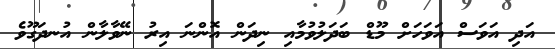
އަދި އަވަސް އަވަހަށް މޫޑް ބަދަލުވުމާއި ނިދަން އޮންނަ އިރު ނޭވާލާން އުނދަގޫވެ